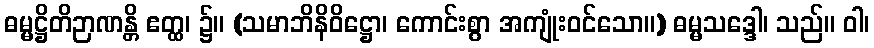
ဓမ္မဋ္ဌိတိဉာဏန္တိ ဧတ္ထ၊ ၌။ (သမာဘိနိဝိဋ္ဌော၊ ကောင်းစွာ အကျုံးဝင်သော။) ဓမ္မသဒ္ဒေါ၊ သည်။ ဝါ၊